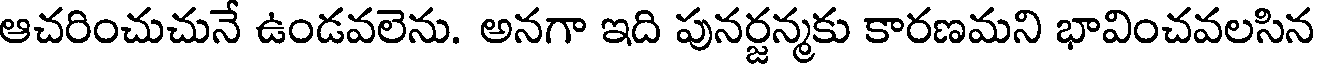
ఆచరించుచునే ఉండవలెను. అనగా ఇది పునర్జన్మకు కారణమని భావించవలసిన